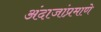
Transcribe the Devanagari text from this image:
अंदाजांप्रमाणे